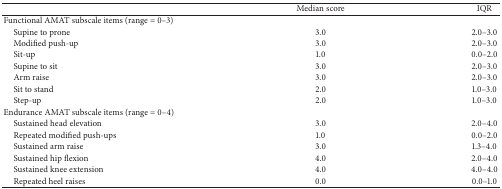
<table><thead><tr><td><b> </b></td><td><b>Median score</b></td><td><b>IQR</b></td></tr></thead><tbody><tr><td>Functional AMAT subscale items (range = 0–3)</td><td> </td><td> </td></tr><tr><td> Supine to prone </td><td>3.0</td><td>2.0–3.0</td></tr><tr><td> Modified push-up </td><td>3.0</td><td>2.0–3.0</td></tr><tr><td> Sit-up</td><td>1.0</td><td>0.0–2.0</td></tr><tr><td> Supine to sit</td><td>3.0</td><td>2.0–3.0</td></tr><tr><td> Arm raise</td><td>3.0</td><td>2.0–3.0</td></tr><tr><td> Sit to stand</td><td>2.0</td><td>1.0–3.0</td></tr><tr><td> Step-up</td><td>2.0</td><td>1.0–3.0</td></tr><tr><td>Endurance AMAT subscale items (range = 0–4)</td><td> </td><td> </td></tr><tr><td> Sustained head elevation</td><td>3.0</td><td>2.0–4.0</td></tr><tr><td> Repeated modified push-ups</td><td>1.0</td><td>0.0–2.0</td></tr><tr><td> Sustained arm raise</td><td>3.0</td><td>1.3–4.0</td></tr><tr><td> Sustained hip flexion</td><td>4.0</td><td>2.0–4.0</td></tr><tr><td> Sustained knee extension</td><td>4.0</td><td>4.0–4.0</td></tr><tr><td> Repeated heel raises</td><td>0.0</td><td>0.0–1.0</td></tr></tbody></table>